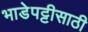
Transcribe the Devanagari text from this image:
भाडेपट्टीसाठी